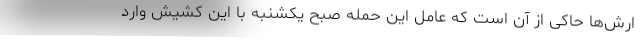
ارش‌ها حاکی از آن است که عامل این حمله صبح یکشنبه با این کشیش وارد